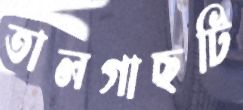
তালগাছটি